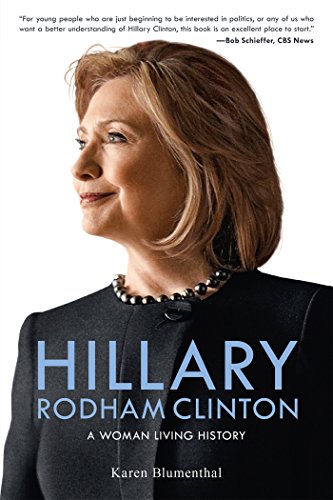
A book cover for Hillary Rodham Clinton: A Woman Living History; Karen Blumenthal; Teen & Young Adult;